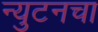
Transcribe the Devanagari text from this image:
न्युटनचा